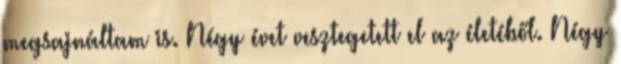
megsajnáltam is. Négy évet vesztegetett el az életéből. Négy